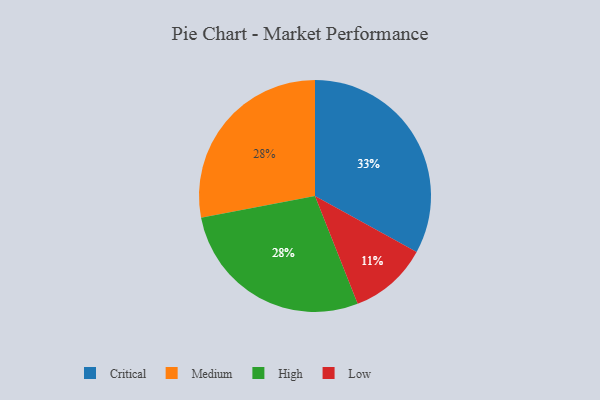
{"axis": {"x": "Category", "y": "Percentage"}, "legend": ["Critical", "High", "Low", "Medium"], "data": [{"x": "Critical", "y": 33, "type": "Critical"}, {"x": "Medium", "y": 28, "type": "Medium"}, {"x": "Low", "y": 11, "type": "Low"}, {"x": "High", "y": 28, "type": "High"}]}